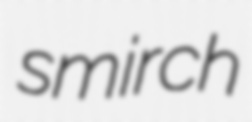
smirch